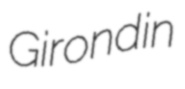
Girondin